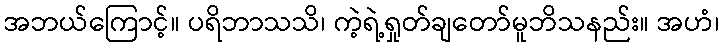
အဘယ်ကြောင့်။ ပရိဘာသသိ၊ ကဲ့ရဲ့ရှုတ်ချတော်မူဘိသနည်း။ အဟံ၊